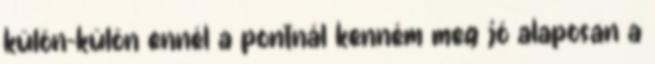
külön-külön ennél a pontnál kenném meg jó alaposan a